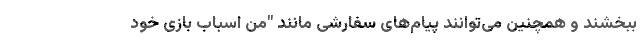
ببخشند و همچنین می‌توانند پیام‌های سفارشی مانند "من اسباب بازی خود